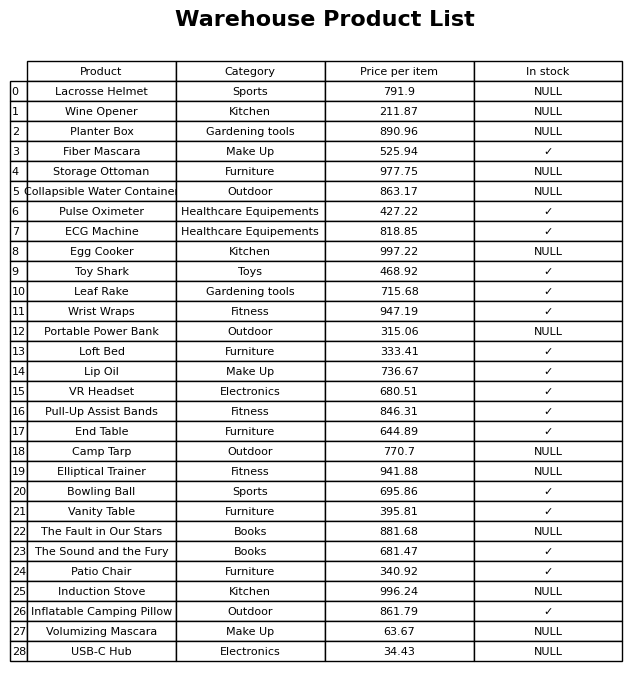
question: What is the price for Inflatable Camping Pillow?
answer: The price of Inflatable Camping Pillow is 861.79.